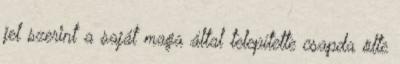
jel szerint a saját maga által telepítette csapda ölte